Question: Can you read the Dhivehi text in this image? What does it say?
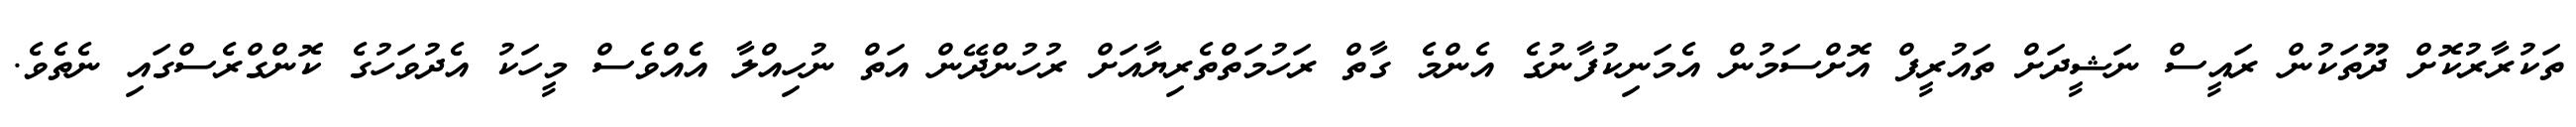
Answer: ތަކުރާރުކޮށް ދޫތަކުން ރައީސް ނަޝީދަށް ތައުރީފް އޮށްސަމުން އެމަނިކުފާނުގެ އެންމެ ގާތް ރަހުމަތްތެރިޔާއަށް ރުހުންދޭން އަތް ނުހިއްލާ އެެއްވެސް މީހަކު އެދުވަހުގެ ކޮންގްރެސްގައި ނެތެވެ.